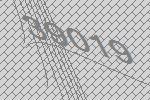
39019